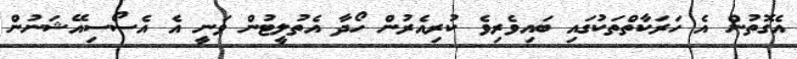
އެގޮތުން އެ ހަރަކާތްތަކުގައި ބައިވެރިވެ ކުރިއެރުން ހޯދާ އެތުލީޓުން ވަނީ އެ އެސޯސިއޭޝަނުން